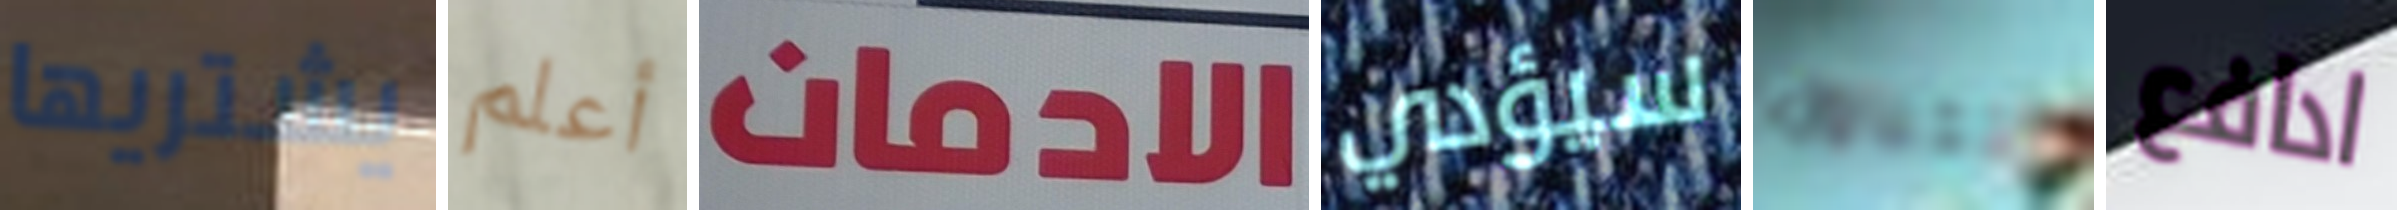
يشتريها أعلم الادمان سيؤدي تتناول ادافع